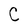
Character: C